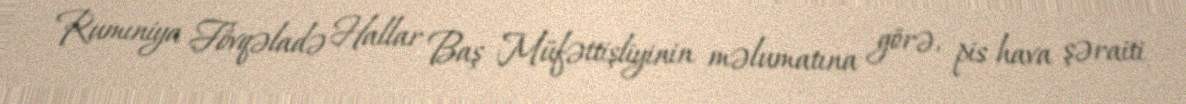
Rumıniya Fövqəladə Hallar Baş Müfəttişliyinin məlumatına görə, pis hava şəraiti